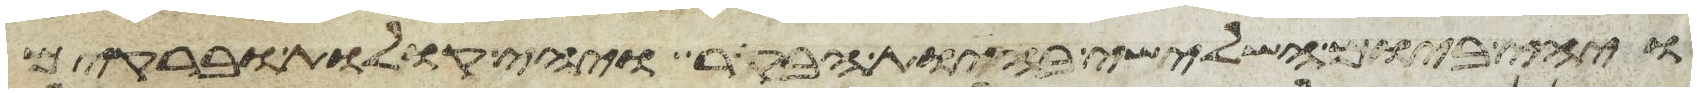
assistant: ויהי ביום השלישי בהיות הבקר ויהי קולות וברקים